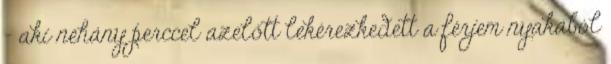
- aki néhány perccel azelőtt lekérezkedett a férjem nyakából